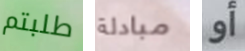
طلبتم مبادلة أو